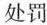
处罚